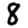
Digit: 8